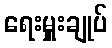
ရေးမှူးချုပ်